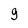
Character: 9